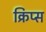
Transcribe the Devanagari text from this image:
क्रिप्‍स